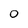
Character: 0